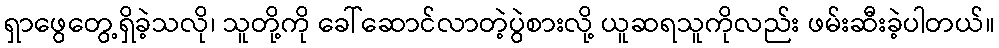
ရှာဖွေတွေ့ရှိခဲ့သလို၊ သူတို့ကို ခေါ်ဆောင်လာတဲ့ပွဲစားလို့ ယူဆရသူကိုလည်း ဖမ်းဆီးခဲ့ပါတယ်။